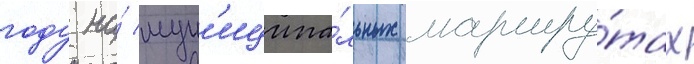
году на́ мун'иципа́льных маршру́тах